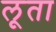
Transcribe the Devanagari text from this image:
लूता